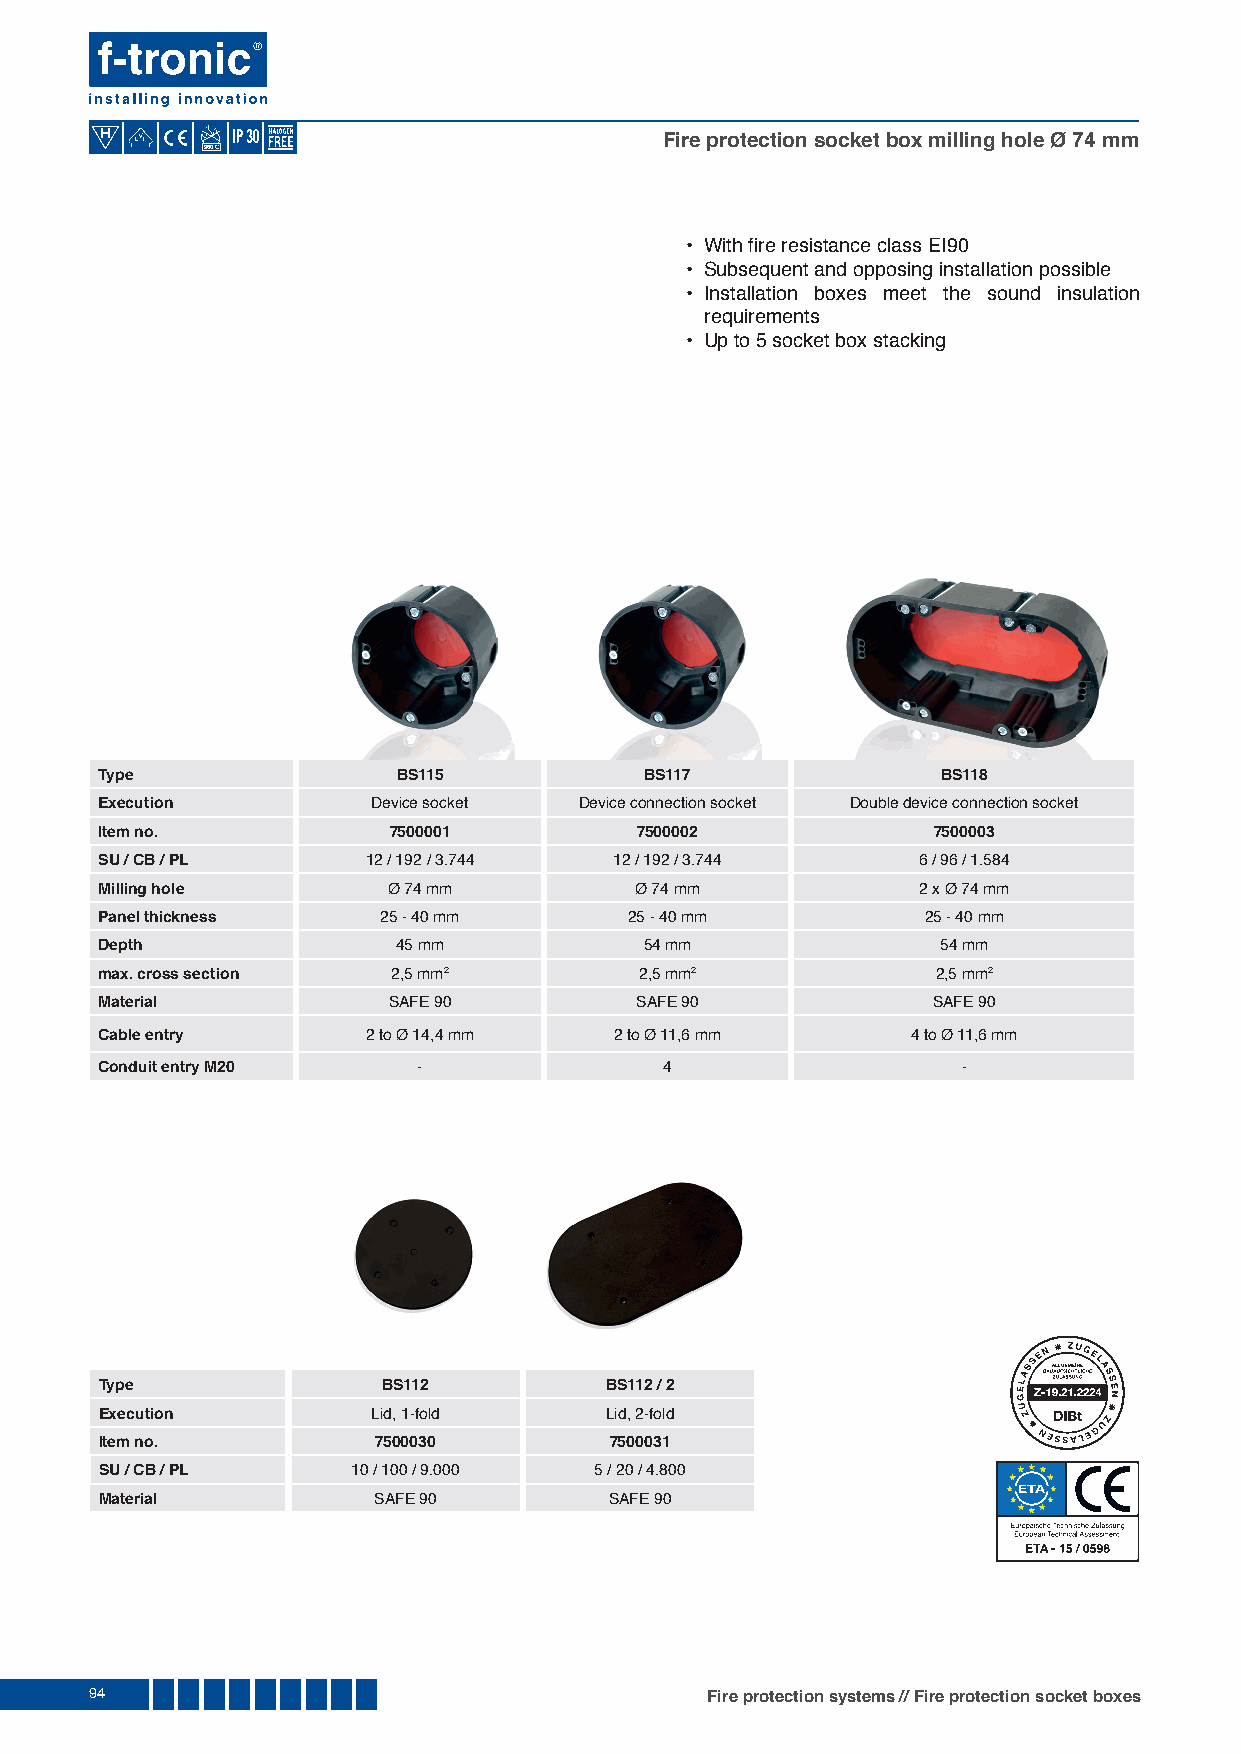
Fire protection socket box milling hole Ø 74 mm
 960
 • With fi re resistance class EI90
 • Subsequent and opposing installation possible
 • Installation boxes meet the sound insulation
 requirements
 • Up to 5 socket box stacking
 Type               BS115            BS117              BS118
 Execution         Device socket Device connection socket Double device connection socket
 Item no.           7500001         7500002             7500003
 SU / CB / PL     12 / 192 / 3.744 12 / 192 / 3.744    6 / 96 / 1.584
 Milling hole       Ø 74 mm         Ø 74 mm            2 x Ø 74 mm
 Panel thickness   25 - 40 mm       25 - 40 mm         25 - 40 mm
 Depth              45 mm            54 mm              54 mm
 max. cross section 2,5 mm2         2,5 mm2             2,5 mm2
 Material           SAFE 90         SAFE 90             SAFE 90
 Cable entry      2 to Ø 14,4 mm   2 to Ø 11,6 mm     4 to Ø 11,6 mm
 Conduit entry M20    -               4                   -
 Type              BS112          BS112 / 2
 Execution         Lid, 1-fold    Lid, 2-fold
 Item no.          7500030        7500031
 SU / CB / PL    10 / 100 / 9.000 5 / 20 / 4.800
 Material          SAFE 90        SAFE 90
 94                                       Fire protection systems // Fire protection socket boxes